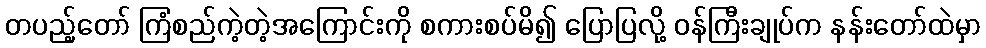
တပည့်တော် ကြံစည်ကဲ့တဲ့အကြောင်းကို စကားစပ်မိ၍ ပြောပြလို့ ဝန်ကြီးချုပ်က နန်းတော်ထဲမှာ